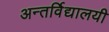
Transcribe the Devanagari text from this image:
अन्तर्विद्यालयी